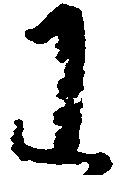
わ